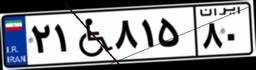
۲۱W۸۱۵۸۰